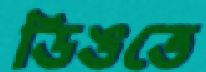
ডিঙতে